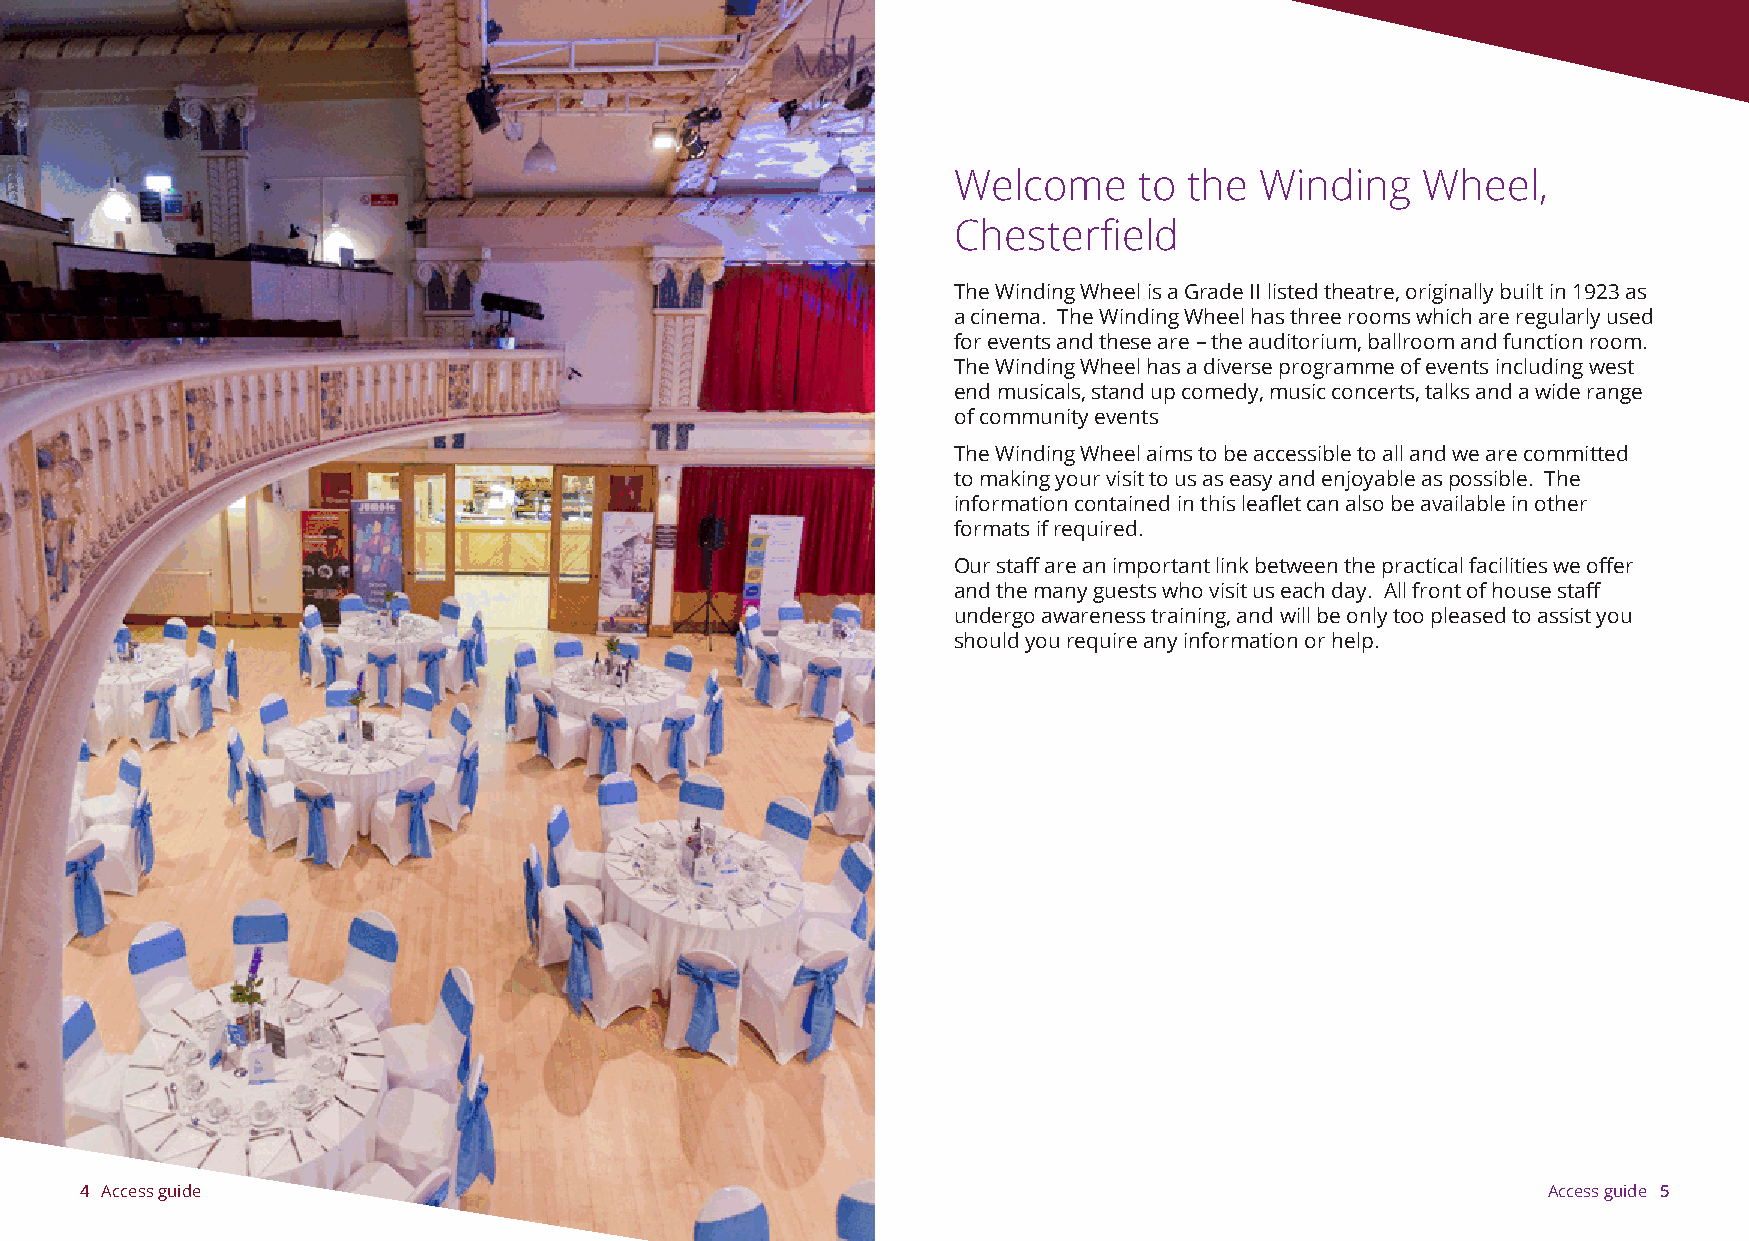
Welcome     to  the Winding    Wheel,
 Chesterfield
 The Winding Wheel is a Grade II listed theatre, originally built in 1923 as
 a cinema. The Winding Wheel has three rooms which are regularly used
 for events and these are – the auditorium, ballroom and function room.
 The Winding Wheel has a diverse programme of events including west
 end musicals, stand up comedy, music concerts, talks and a wide range
 of community events
 The Winding Wheel aims to be accessible to all and we are committed
 to making your visit to us as easy and enjoyable as possible. The
 information contained in this leaflet can also be available in other
 formats if required.
 Our staff are an important link between the practical facilities we offer
 and the many guests who visit us each day. All front of house staff
 undergo awareness training, and will be only too pleased to assist you
 should you require any information or help.
 4 Access guide                                                                                   Access guide 5